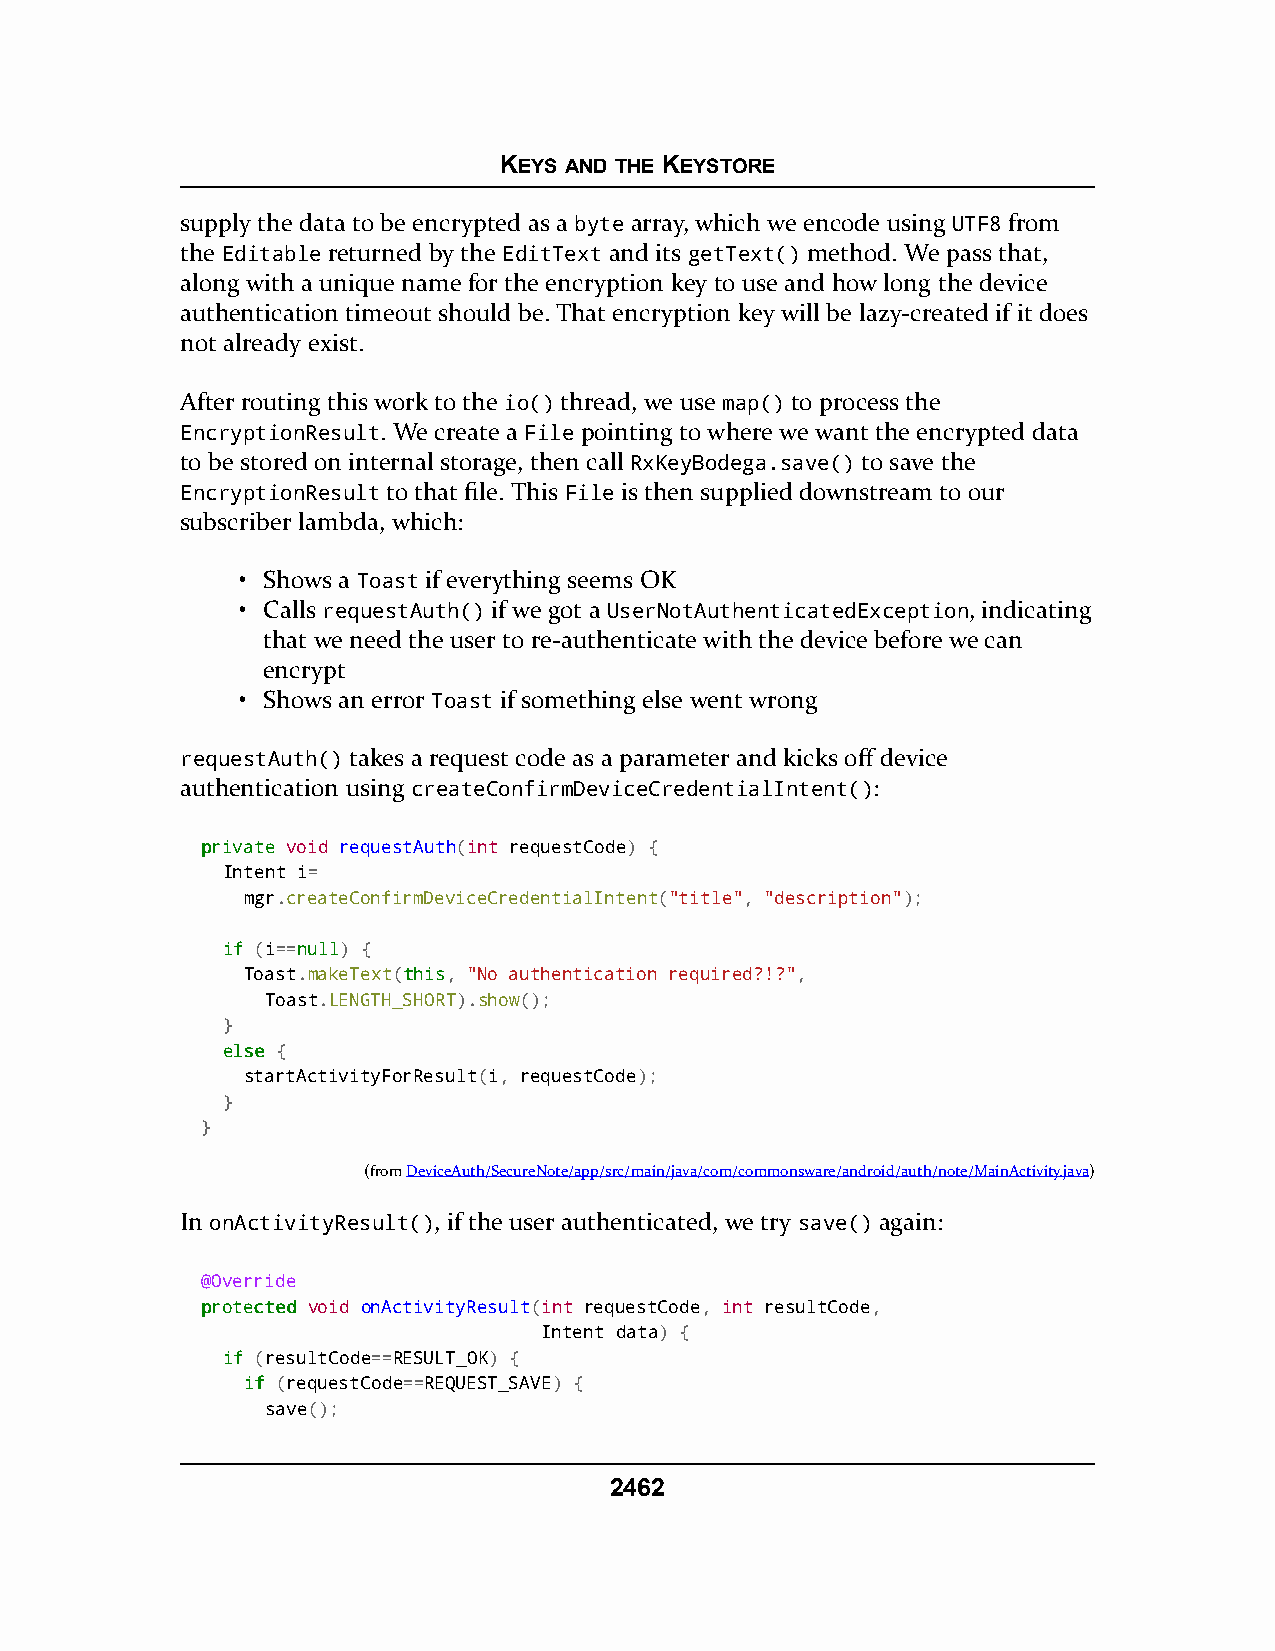
KEYS AND THE KEYSTORE
 supply the data to be encrypted as a byte array, which we encode using UTF8 from
 the Editable returned by the EditText and its getText() method. We pass that,
 along with a unique name for the encryption key to use and how long the device
 authentication timeout should be. That encryption key will be lazy-created if it does
 not already exist.
 After routing this work to the io() thread, we use map() to process the
 EncryptionResult. We create a File pointing to where we want the encrypted data
 to be stored on internal storage, then call RxKeyBodega.save() to save the
 EncryptionResult to that file. This File is then supplied downstream to our
 subscriber lambda, which:
 • Shows a Toast if everything seems OK
 • Calls requestAuth() if we got a UserNotAuthenticatedException, indicating
 that we need the user to re-authenticate with the device before we can
 encrypt
 • Shows an error Toast if something else went wrong
 requestAuth() takes a request code as a parameter and kicks off device
 authentication using createConfirmDeviceCredentialIntent():
 pprriivvaattee void requestAuth(int requestCode) {
 Intent i=
 mgr.createConfirmDeviceCredentialIntent("title", "description");
 iiff (i==nnuullll) {
 Toast.makeText(tthhiiss, "No authentication required?!?",
 Toast.LENGTH_SHORT).show();
 }
 eellssee {
 startActivityForResult(i, requestCode);
 }
 }
 (fromDeviceAuth/SecureNote/app/src/main/java/com/commonsware/android/auth/note/MainActivity.java)
 In onActivityResult(), if the user authenticated, we try save() again:
 @Override
 pprrootteecctteedd void onActivityResult(int requestCode, int resultCode,
 Intent data) {
 iiff (resultCode==RESULT_OK) {
 iiff (requestCode==REQUEST_SAVE) {
 save();
 2462